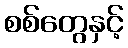
စစ်တွေနှင့်